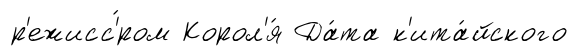
р'ежисс'́ром Корол'я́ Да́та к'ита́йского